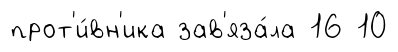
прот'и́вн'ика зав'яза́ла 16 10